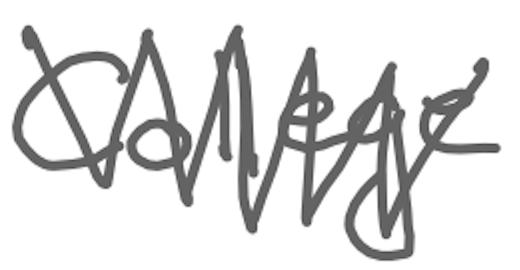
Text: College
Cross-out: zig-zag
Writing tool: digital_gray